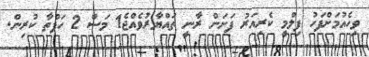
ވިހެއުމަށްފަހު ފިލްމީ ކެރިއަރު ފަށަން ރާނީ ތައްޔާރުވެއްޖެ1 މަސް 2 ހަފްތާ ކުރިން.